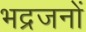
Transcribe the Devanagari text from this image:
भद्रजनों